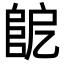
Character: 𨸷